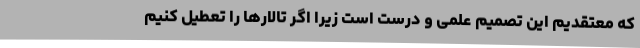
که معتقدیم این تصمیم علمی و درست است زیرا اگر تالارها را تعطیل کنیم